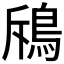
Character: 𩿪